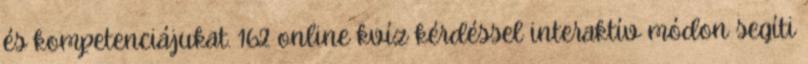
és kompetenciájukat. 162 online kvíz kérdéssel interaktív módon segíti